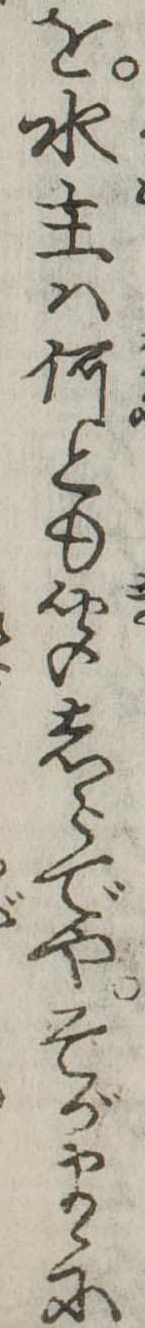
を水主は何とも聞しらでやそがまゝに